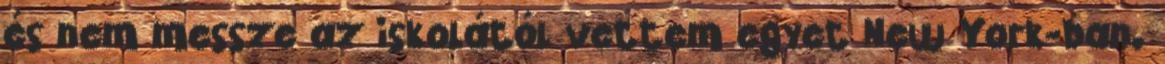
és nem messze az iskolától vettem egyet New York-ban.